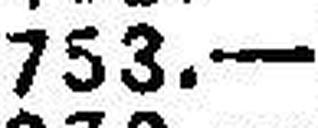
753.—